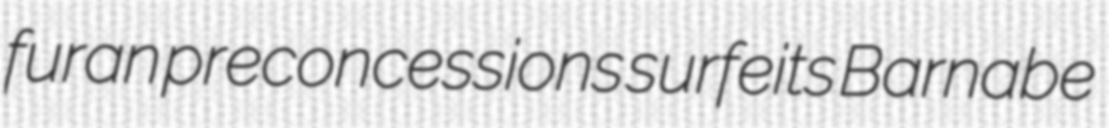
furan preconcessions surfeits Barnabe